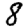
Digit: 8